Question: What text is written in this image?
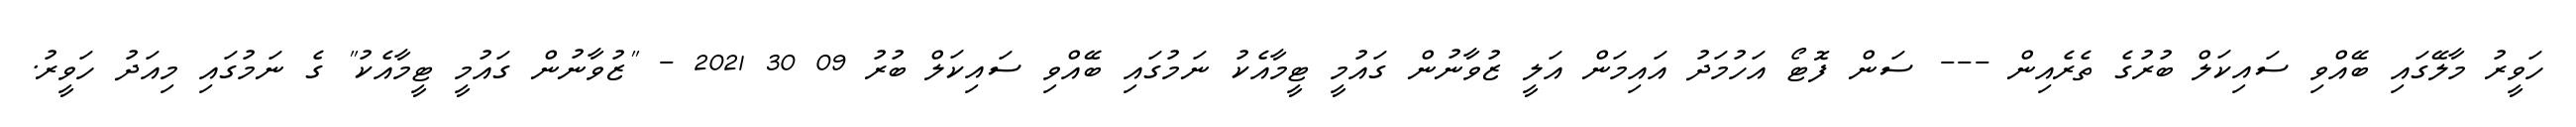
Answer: ހަވީރު މާލޭގައި ބޭއްވި ސައިކަލް ބުރުގެ ތެރެއިން --- ސަން ފޮޓޯ އަހުމަދު އައިމަން އަލީ ޒުވާނުން ގައުމީ ޓީމާއެކު ނަމުގައި ބޭއްވި ސައިކަލް ބުރު 09 30 2021 - "ޒުވާނުން ގައުމީ ޓީމާއެކު" ގެ ނަމުގައި މިއަދު ހަވީރު.